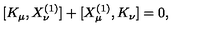
[ K _ { \mu } , X _ { \nu } ^ { ( 1 ) } ] + [ X _ { \mu } ^ { ( 1 ) } , K _ { \nu } ] = 0 ,